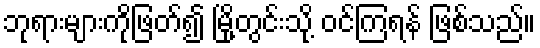
ဘုရားများကိုဖြတ်၍ မြို့တွင်းသို့ ဝင်ကြရန် ဖြစ်သည်။